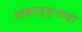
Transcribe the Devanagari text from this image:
लंकादहनाचा